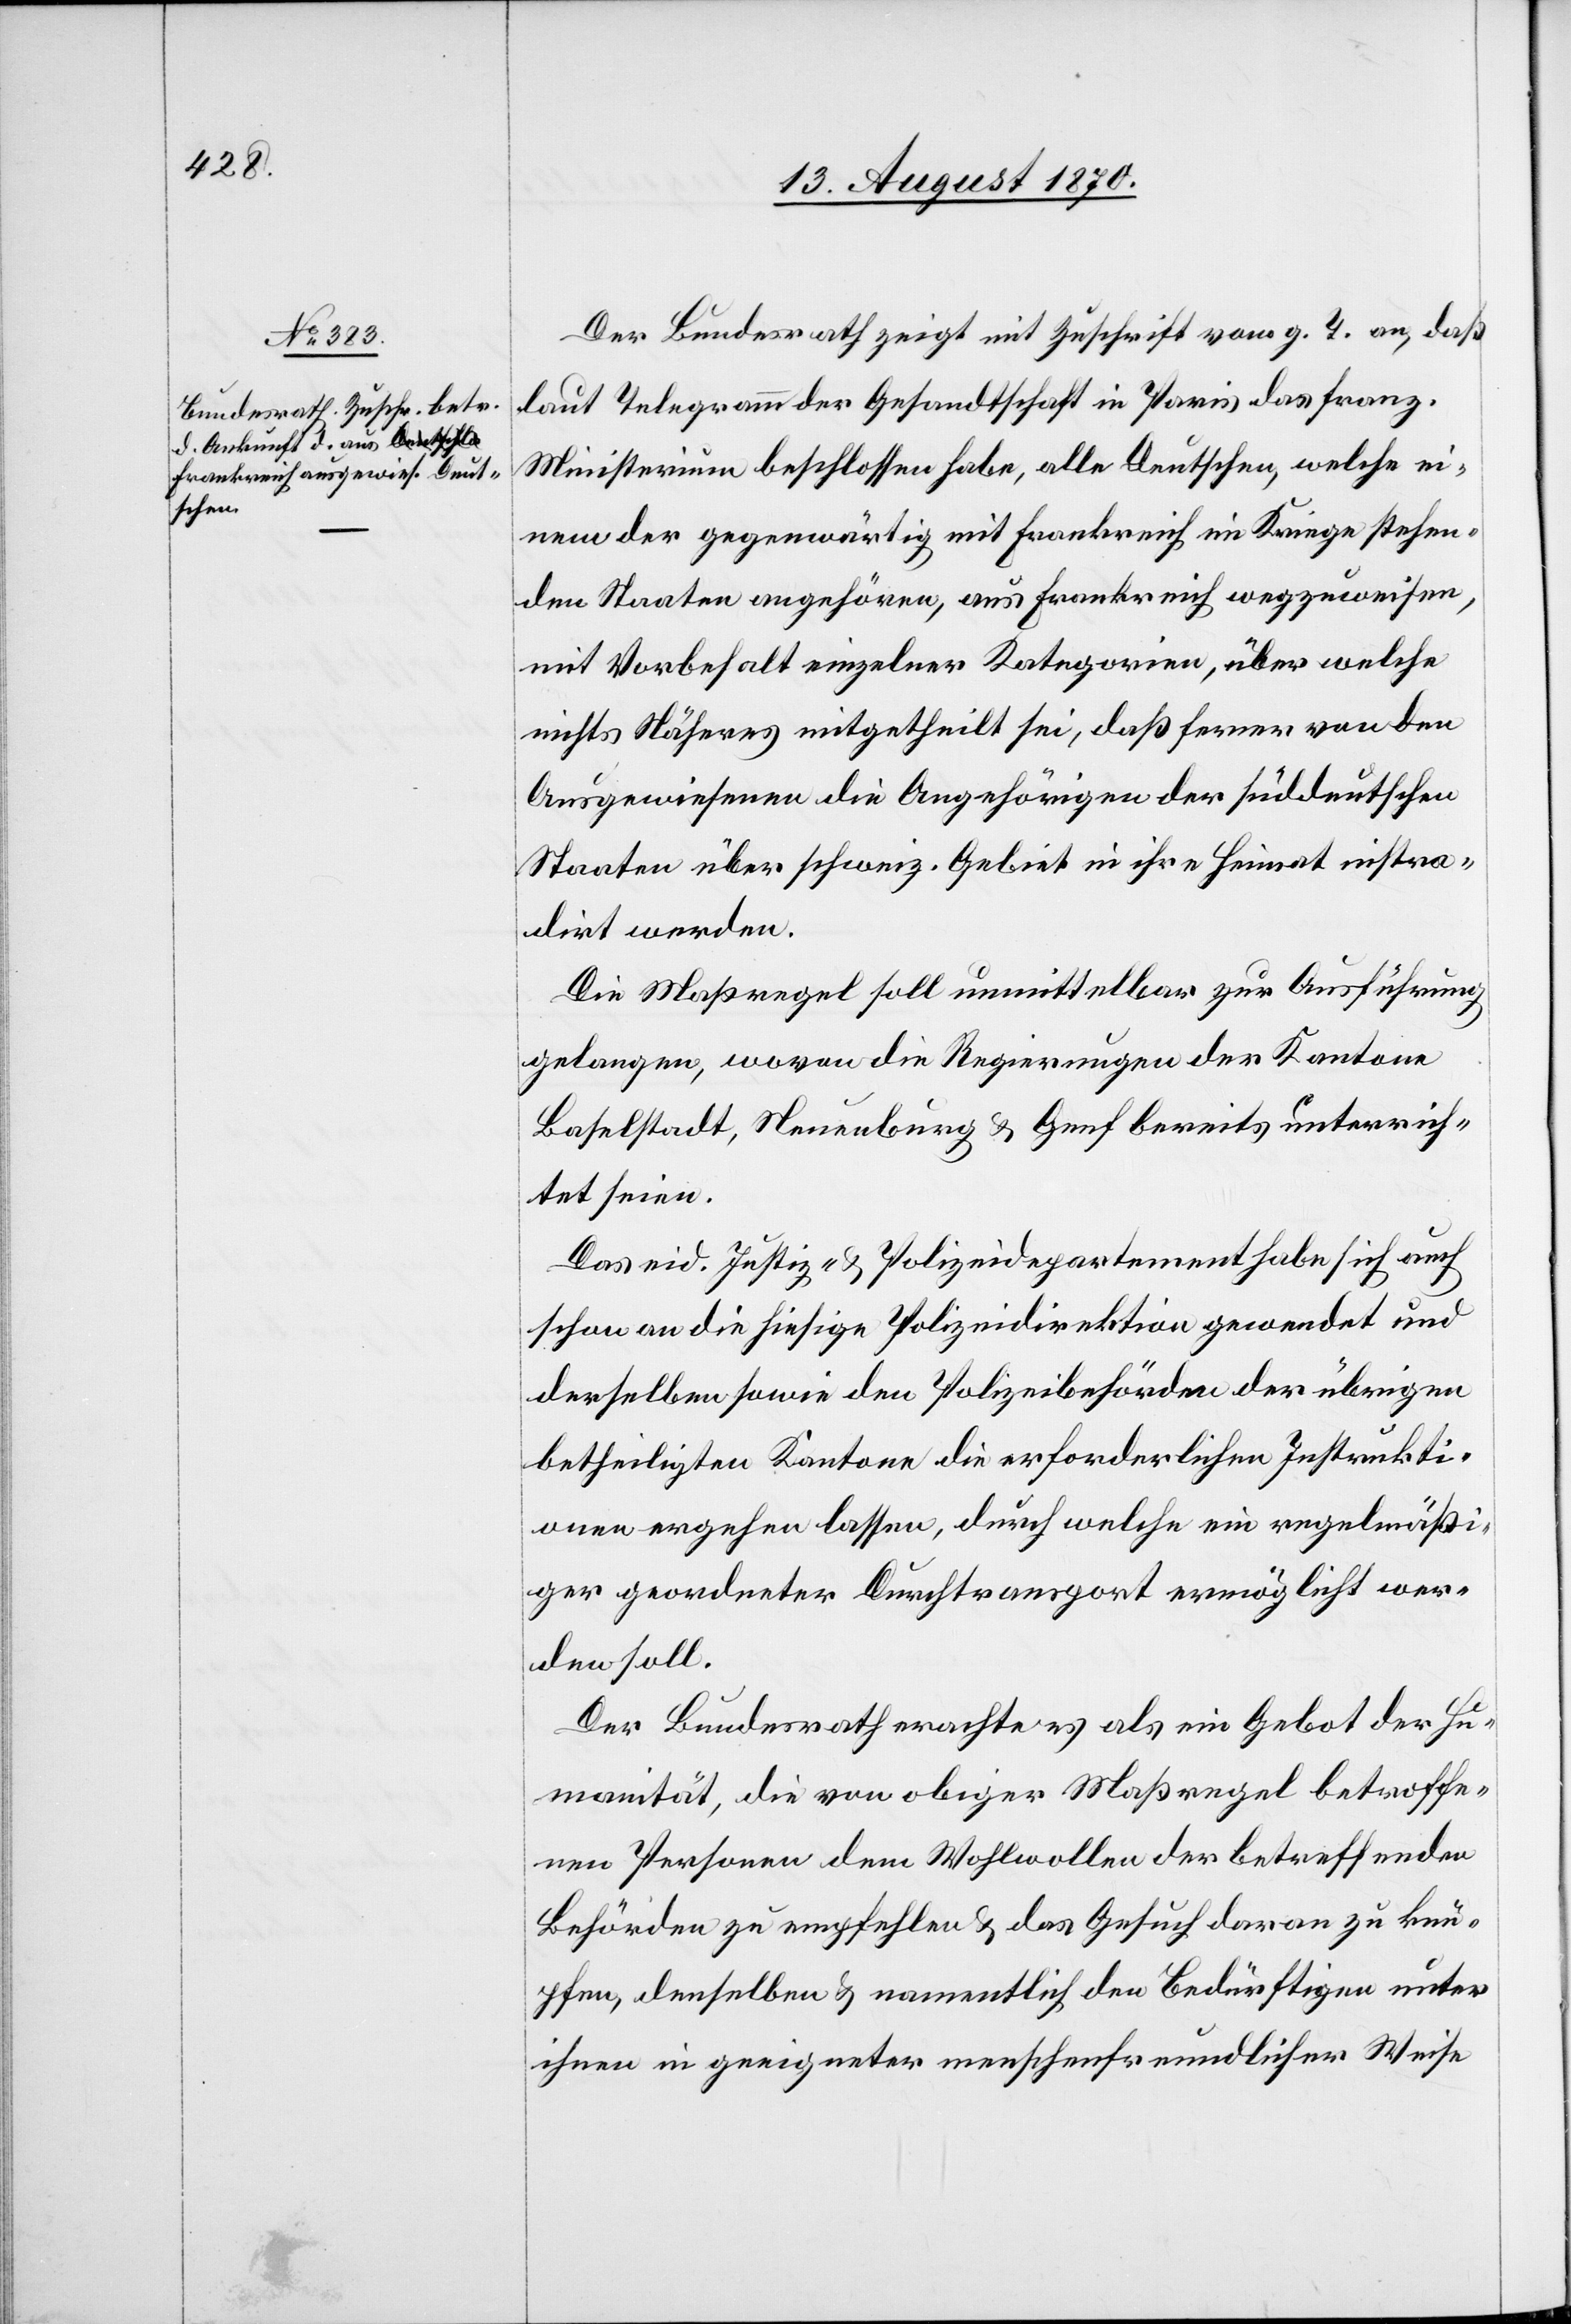
15. August 1870.]
Der Bundesrath zeigt mit Zuschrift vom g. T. an, daß
laut Telegramm der Gesandtschaft in Paris das franz.
Ministerium beschlossen habe, alle Deutschen, welche ei¬
nem der gegenwärtig mit Frankreich im Kriege stehen¬
den Staaten angehören, aus Frankreich wegzuweisen,
mit Vorbehalt einzelner Kategorien, über welche
nichts Näheres mitgetheilt sei, daß ferner von den
Ausgewiesenen die Angehörigen der süddeutschen
Staaten über schweiz. Gebiet in ihre Heimat instra¬
dirt werden.
Die Maßregel soll unmittelbar zur Ausführung
gelangen, wovon die Regierungen der Kantone
Baselstadt, Neuenburg & Genf bereits unterrich¬
tet seien.
Das eid. Justiz- & Polizeidepartement habe sich auch
schon an die hiesige Polizeidirektion gewendet und
derselben sowie den Polizeibehörden der übrigen
betheiligten Kantone die erforderlichen Instrukti¬
onen ergehen lassen, durch welche ein regelmäßi¬
ger geordneter Durchtransport ermöglicht wer¬
den soll.
Der Bundesrath erachte es als ein Gebot der Hu¬
manität, die von obiger Maßregel betroffe¬
nen Personen dem Wohlwollen der betreffenden
Behörden zu empfehlen & das Gesuch daran zu knü¬
pfen, denselben & namentlich den Bedürftigen unter
ihnen in geeigneter menschenfreundlicher Weise